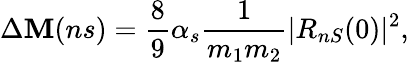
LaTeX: \Delta\mathbf{M}(ns)=\frac{{8}}{{9}}\alpha_{s}\frac{{1}}{{m_{1}m_{2}}}|R_{nS}(0)|^{2},